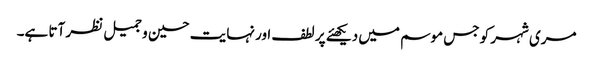
مری شہر کو جس موسم میں دیکھئے پر لطف اور نہایت حسین و جمیل نظر آتا ہے۔